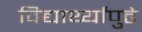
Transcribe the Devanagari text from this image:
विद्यार्थ्यांपुढे